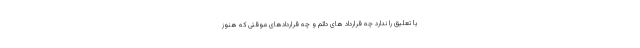
یا تعلیق را ندارد چه قرارداد های دائم و چه قراردادهای موقتی که هنوز